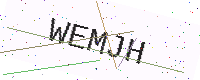
Text: WEMJH